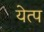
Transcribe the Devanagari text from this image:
येत्प